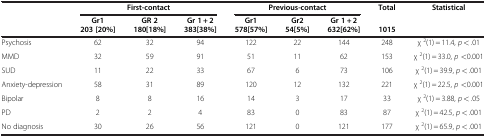
| <ROWSPAN=2>  | <COLSPAN=3> First-contact | <COLSPAN=3> Previous-contact | Total | <ROWSPAN=3> Statistical |
 | Gr1 | GR 2 | Gr 1 + 2 | Gr1 | Gr2 | Gr 1 + 2 |  | <ROWSPAN=2>  |
 |  | 203 [20%] | 180 [18%] | 383 [38%] | 578 [57%] | 54 [5%] | 632 [62%] | 1015 |
 | --- | --- | --- | --- | --- | --- | --- | --- | --- |
 | Psychosis | 62 | 32 | 94 | 122 | 22 | 144 | 248 | χ 2(1) = 11.4, p < .01 |
 | MMD | 32 | 59 | 91 | 51 | 11 | 62 | 153 | χ 2(1) = 33.0, p <0.001 |
 | SUD | 11 | 22 | 33 | 67 | 6 | 73 | 106 | χ 2(1) = 39.9, p < .001 |
 | Anxiety-depression | 58 | 31 | 89 | 120 | 12 | 132 | 221 | χ 2(1) = 22.5, p <0.001 |
 | Bipolar | 8 | 8 | 16 | 14 | 3 | 17 | 33 | χ 2(1) = 3.88, p < .05 |
 | PD | 2 | 2 | 4 | 83 | 0 | 83 | 87 | χ 2(1) = 42.5, p < .001 |
 | No diagnosis | 30 | 26 | 56 | 121 | 0 | 121 | 177 | χ 2(1) = 65.9, p < .001 |